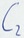
Text: C2